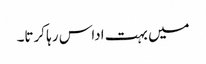
میں بہت اداس رہا کرتا۔